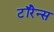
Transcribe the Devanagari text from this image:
टॉरेन्स